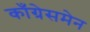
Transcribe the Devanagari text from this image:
काँग्रेसमेन